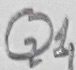
Text: Q1